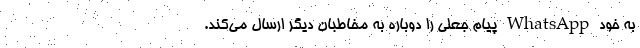
به خود WhatsApp پیام جعلی را دوباره به مخاطبان دیگر ارسال می‌کند.